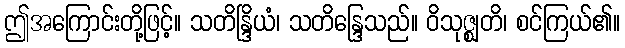
ဤအကြောင်းတို့ဖြင့်။ သတိန္ဒြိယံ၊ သတိန္ဒြေသည်။ ဝိသုဇ္ဈတိ၊ စင်ကြယ်၏။